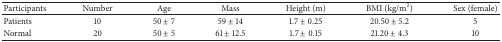
<table><thead><tr><td><b>Participants </b></td><td><b>Number</b></td><td><b>Age </b></td><td><b>Mass </b></td><td><b>Height (m)</b></td><td><b>BMI (kg/m<sup>2</sup>)</b></td><td><b>Sex (female)</b></td></tr></thead><tbody><tr><td>Patients </td><td>10</td><td>50 ± 7</td><td>59 ± 14</td><td>1.7 ± 0.25</td><td>20.50 ± 5.2</td><td>5</td></tr><tr><td>Normal </td><td>20</td><td>50 ± 5</td><td>61 ± 12.5</td><td>1.7 ± 0.15</td><td>21.20 ± 4.3</td><td>10</td></tr></tbody></table>